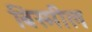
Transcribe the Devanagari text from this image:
बिस्मील